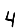
Digit: 4